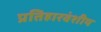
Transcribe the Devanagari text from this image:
प्रतिहारवंशीय